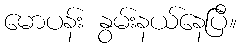
မောပန်း နွမ်းနယ်နေပြီ။